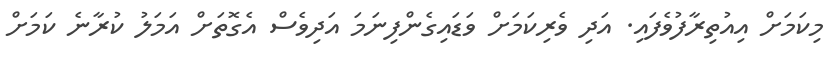
މިކަމަށް އިއުތިރާފުވެފައި. އަދި ވެރިކަމަށް ވަޑައިގެންފިނަމަ އަދިވެސް އެގޮތަށް އަމަލު ކުރާނެ ކަމަށް